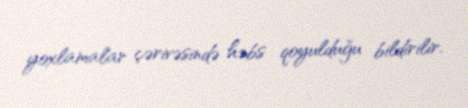
yoxlamalar çərivəsində həbs qoyulduğu bildirilir.